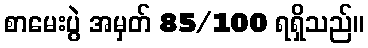
စာမေးပွဲ အမှတ် 85/100 ရရှိသည်။